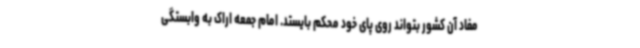
مفاد آن کشور بتواند روی پای خود محکم بایستد. امام جمعه اراک به وابستگی